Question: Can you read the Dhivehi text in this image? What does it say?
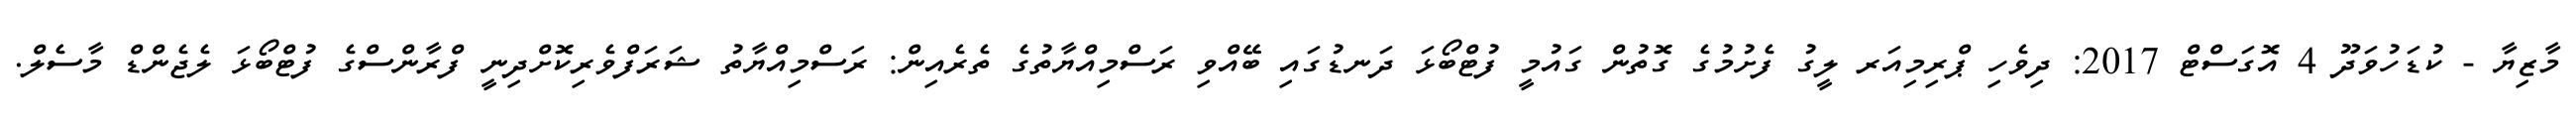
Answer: މާޒިޔާ - ކުޑަހުވަދޫ 4 އޮގަސްޓް 2017: ދިވެހި ޕްރިމިއަރ ލީގު ފެށުމުގެ ގޮތުން ގައުމީ ފުޓްބޯޅަ ދަނޑުގައި ބޭއްވި ރަސްމިއްޔާތުގެ ތެރެއިން: ރަސްމިއްޔާތު ޝަރަފްވެރިކޮށްދިނީ ފްރާންސްގެ ފުޓްބޯޅަ ލެޖެންޑް މާސެލް.